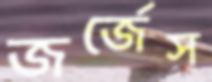
জর্জেস